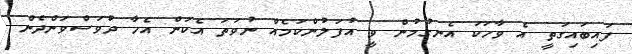
ފައިބައިގަތީ އެ ވާހަކަ އެނގުމުން ވީ އުފަލުންކަމެއް ނުވަތަ އެކަން އެހާ ދުވަސްވަންދެން